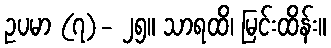
ဥပမာ (၇)- ၂၅။ သာရထိ၊ မြင်းထိန်း။